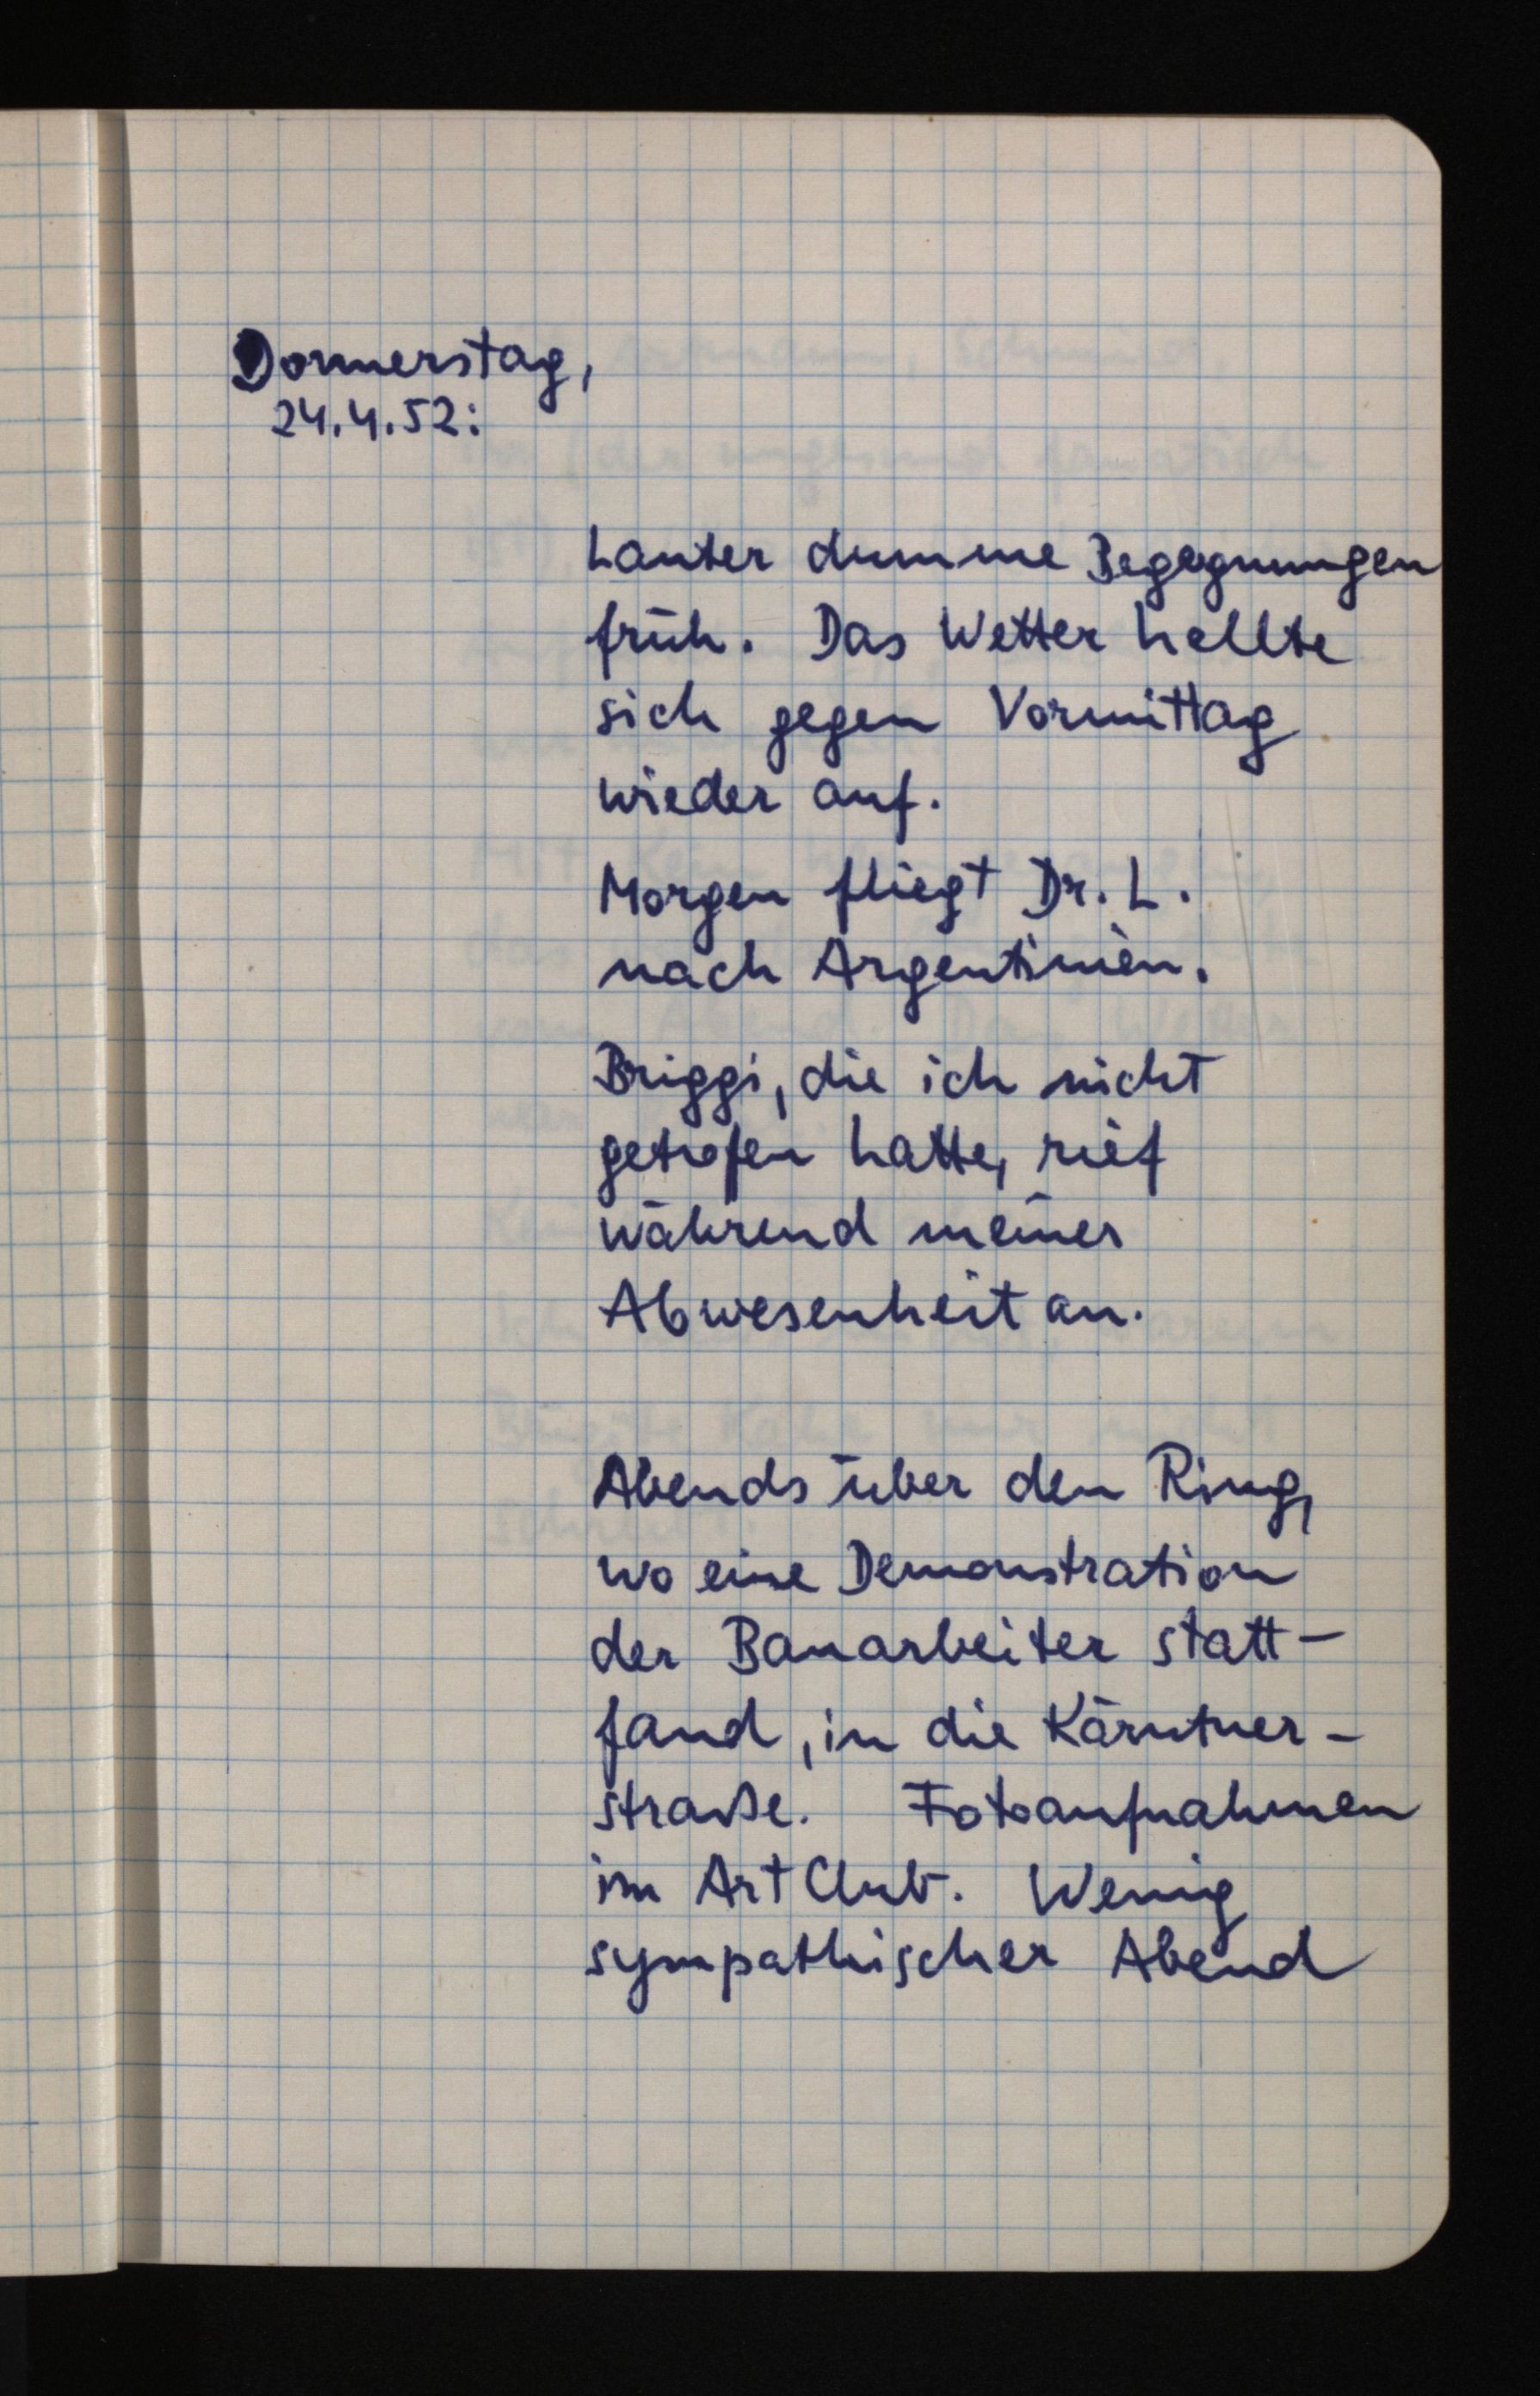
Donnerstag,
24.4.52:
Lauter dumme Begegnungen
früh. Das Wetter hellte
sich gegen Vormittag
wieder auf.
Morgen fliegt Dr. L.
nach Argentinien.
Briggi, die ich nicht
getroffen hatte, rief
während meiner
Abwesenheit an.
Abends über den Ring,
wo eine Demonstration
der Bauarbeiter statt¬
fand, in die Kärntner¬
straße. Fotoaufnahmen
im Art Club. Wenig
sympathischer Abend